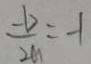
\frac { - b } { 2 a } = - 1